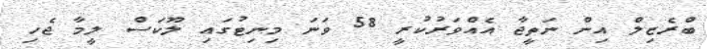
ބްރެޒިލް އިން ނަތީޖާ އެއްވަރުކުރީ 58 ވަނަ މިނިޓުގައި ލޫކަސް ލީމާ ޖެހި